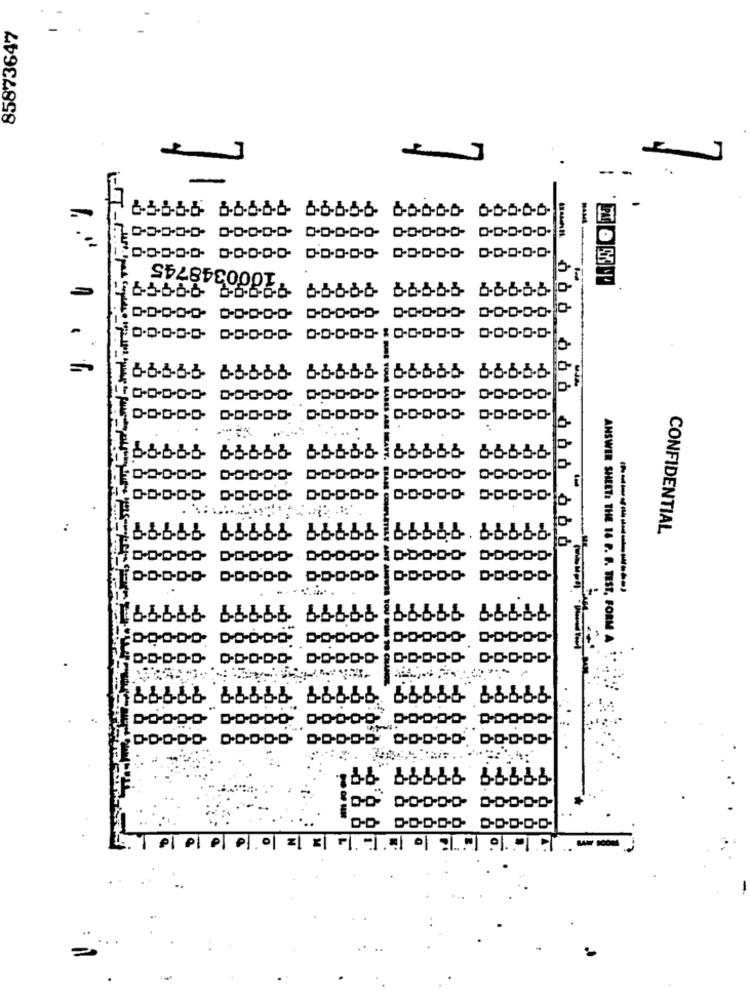
85873647
-
91000348745
RUE TOUS HALLS ARE
HAVE
..
CONFIDENTIAL
186666 66666 66666166666.66666
WES TOU TIM
ANSWER SHEET: THE 16 P. F. TEST, FORM A
CALAMOS